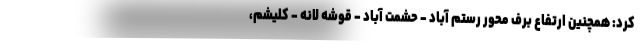
کرد: همچنین ارتفاع برف محور رستم آباد - حشمت آباد - قوشه لانه - کلیشم،